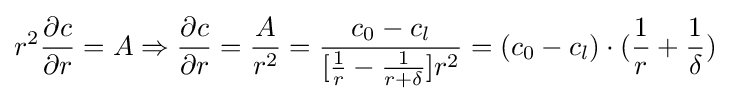
r^{2}{\frac {\partial c}{\partial r}}=A\Rightarrow {\frac {\partial c}{\partial r}}={\frac {A}{r^{2}}}={\frac {c_{0}-c_{l}}{[{\frac {1}{r}}-{\frac {1}{r+\delta }}]r^{2}}}=(c_{0}-c_{l})\cdot ({\frac {1}{r}}+{\frac {1}{\delta }})